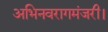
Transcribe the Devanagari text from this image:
अभिनवरागमंजरी।